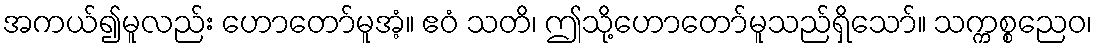
အကယ်၍မူလည်း ဟောတော်မူအံ့။ ဧဝံ သတိ၊ ဤသို့ဟောတော်မူသည်ရှိသော်။ သက္ကစ္စညေဝ၊